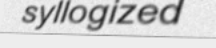
syllogized